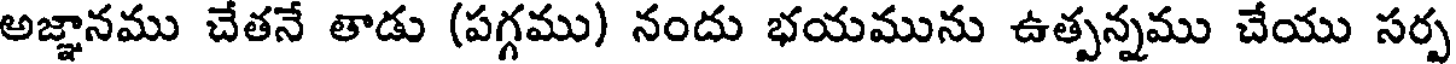
అజ్ఞానము చేతనే తాడు (పగ్గము) నందు భయమును ఉత్పన్నము చేయు సర్ప